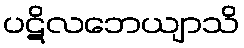
ပဋိလဘေယျာသိ